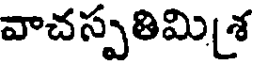
వాచస్పతిమి[శ